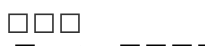
٢٥٧